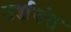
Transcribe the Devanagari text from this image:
उर्ज्जयंत